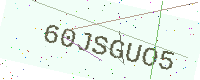
Text: 60JSGUO5